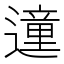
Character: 𲅿